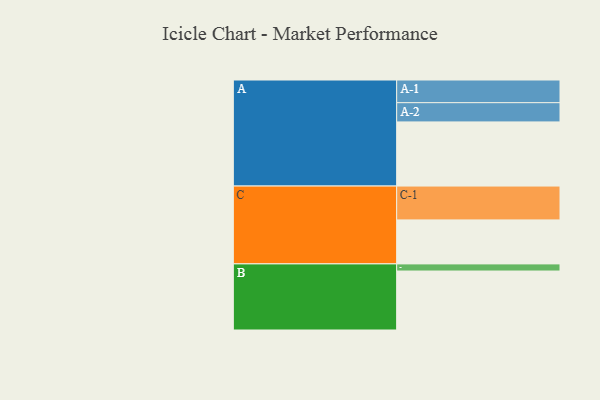
{"axis": {"x": "Segment", "y": "Value"}, "legend": ["", "A", "B", "C"], "data": [{"x": "A", "y": 557, "type": ""}, {"x": "B", "y": 512, "type": ""}, {"x": "C", "y": 382, "type": ""}, {"x": "A-1", "y": 197, "type": "A"}, {"x": "A-2", "y": 167, "type": "A"}, {"x": "B-1", "y": 62, "type": "B"}, {"x": "C-1", "y": 294, "type": "C"}]}